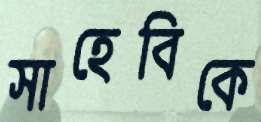
সাহেবিকে